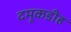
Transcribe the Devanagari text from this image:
दमूकडीह